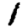
Digit: 1